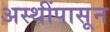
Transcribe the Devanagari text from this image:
अस्थींपासून